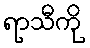
ရာသီကို